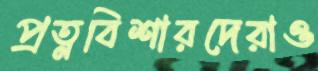
প্রত্নবিশারদেরাও